Rangoon Lunatic Asylum 1893-1897 - 1893-1897
Year: 1893
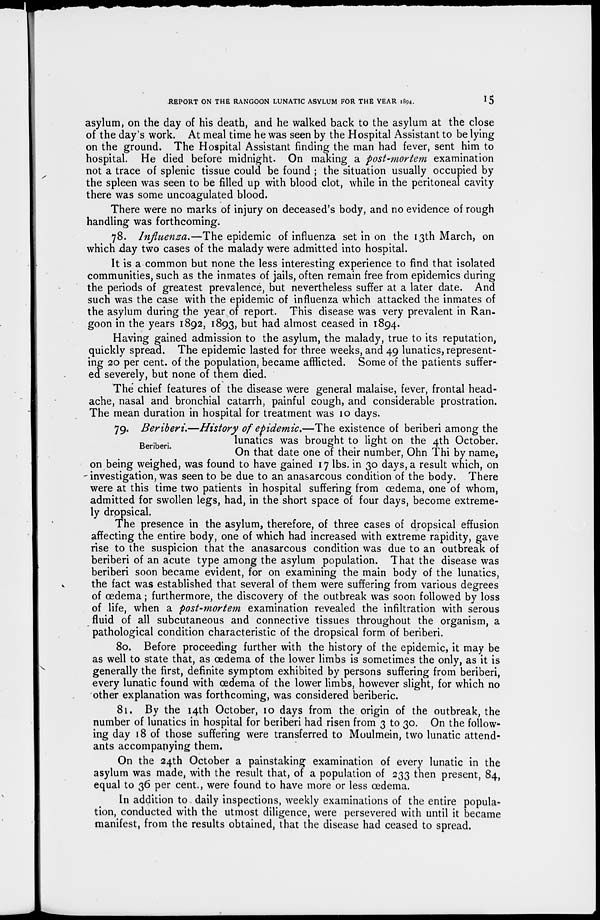
REPORT ON THE RANGOON LUNATIC ASYLUM FOR THE YEAR 1894.
15
asylum, on the day of his death, and he walked back to the asylum at the close
of the day's work. At meal time he was seen by the Hospital Assistant to be lying
on the ground. The Hospital Assistant finding the man had fever, sent him to
hospital. He died before midnight. On making a post-mortem examination
not a trace of splenic tissue could be found ; the situation usually occupied by
the spleen was seen to be filled up with blood clot, while in the peritoneal cavity
there was some uncoagulated blood.
There were no marks of injury on deceased's body, and no evidence of rough
handling was forthcoming.
78. Influenza.—The epidemic of influenza set in on the 13th March, on
which day two cases of the malady were admitted into hospital.
It is a common but none the less interesting experience to find that isolated
communities, such as the inmates of jails, often remain free from epidemics during
the periods of greatest prevalence, but nevertheless suffer at a later date. And
such was the case with the epidemic of influenza which attacked the inmates of
the asylum during the year of report. This disease was very prevalent in Ran-
goon in the years 1892, 1893, but had almost ceased in 1894.
Having gained admission to the asylum, the malady, true to its reputation,
quickly spread. The epidemic lasted for three weeks, and 49 lunatics, represent-
ing 20 per cent. of the population, became afflicted. Some of the patients suffer-
ed severely, but none of them died.
The chief features of the disease were general malaise, fever, frontal head-
ache, nasal and bronchial catarrh, painful cough, and considerable prostration.
The mean duration in hospital for treatment was 10 days.
Beriberi.
79. Beriberi.—History of epidemic.—The existence of beriberi among the
lunatics was brought to light on the 4th October.
On that date one of their number, Ohn Thi by name,
on being weighed, was found to have gained 17 lbs. in 30 days, a result which, on
investigation, was seen to be due to an anasarcous condition of the body. There
were at this time two patients in hospital suffering from œdema, one of whom,
admitted for swollen legs, had, in the short space of four days, become extreme-
ly dropsical.
The presence in the asylum, therefore, of three cases of dropsical effusion
affecting the entire body, one of which had increased with extreme rapidity, gave
rise to the suspicion that the anasarcous condition was due to an outbreak of
beriberi of an acute type among the asylum population. That the disease was
beriberi soon became evident, for on examining the main body of the lunatics,
the fact was established that several of them were suffering from various degrees
of œdema; furthermore, the discovery of the outbreak was soon followed by loss
of life, when a post-mortem examination revealed the infiltration with serous
fluid of all subcutaneous and connective tissues throughout the organism, a
pathological condition characteristic of the dropsical form of beriberi.
80. Before proceeding further with the history of the epidemic, it may be
as well to state that, as œdema of the lower limbs is sometimes the only, as it is
generally the first, definite symptom exhibited by persons suffering from beriberi,
every lunatic found with œdema of the lower limbs, however slight, for which no
other explanation was forthcoming, was considered beriberic.
81. By the 14th October, 10 days from the origin of the outbreak, the
number of lunatics in hospital for beriberi had risen from 3 to 30. On the follow-
ing day 18 of those suffering were transferred to Moulmein, two lunatic attend-
ants accompanying them.
On the 24th October a painstaking examination of every lunatic in the
asylum was made, with the result that, of a population of 233 then present, 84,
equal to 36 per cent., were found to have more or less œdema.
In addition to daily inspections, weekly examinations of the entire popula-
tion, conducted with the utmost diligence, were persevered with until it became
manifest, from the results obtained, that the disease had ceased to spread.